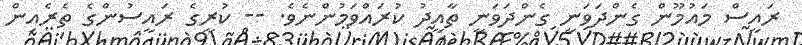
ރައީސް މައުމޫން ގެންދަވަނީ ގެންދަވަނީ ތާއީދު ކުރައްވަމުންނެވެ. -- ކުރީގެ ރައީސުންގެ ތެރެއިން